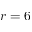
r = 6